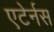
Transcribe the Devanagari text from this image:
एटेर्नस